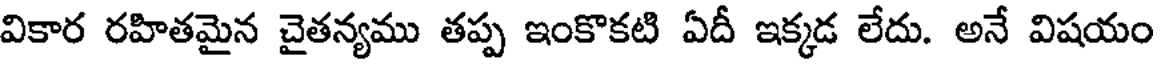
వికార రహితమైన చైతన్యము తప్ప ఇంకొకటి ఏదీ ఇక్కడ లేదు. అనే విషయం